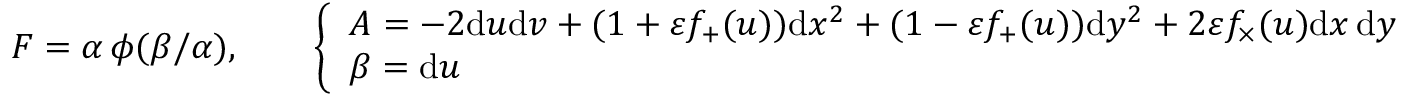
\begin{array} { r } { F = \alpha \, \phi ( \beta / \alpha ) , \qquad \left\{ \begin{array} { l l } { A = - 2 \mathrm { d } u \mathrm { d } v + ( 1 + \varepsilon f _ { + } ( u ) ) \mathrm { d } x ^ { 2 } + ( 1 - \varepsilon f _ { + } ( u ) ) \mathrm { d } y ^ { 2 } + 2 \varepsilon f _ { \times } ( u ) \mathrm { d } x \, \mathrm { d } y } \\ { \beta = \mathrm { d } u } \end{array} \right. } \end{array}